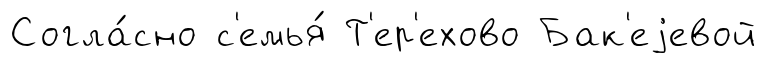
Согла́сно с'емья́ Т'ер'ехово Бак'еjевой